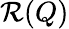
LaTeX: \mathcal{R}(Q)